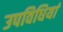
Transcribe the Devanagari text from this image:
उपविधियां